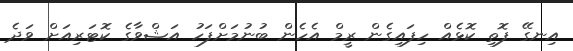
އިނގޭ ފޮތި ކޮޅެއް ހިފައިގެން ރީމް އެހެން ބުނުމަށްފަހު އަޝްވާގެ ކޮޓަރިއަށް ވަދެ